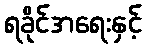
ရခိုင်အရေးနှင့်